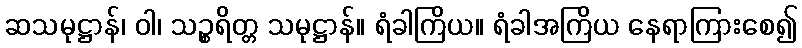
ဆသမုဋ္ဌာန်၊ ဝါ၊ သဉ္စရိတ္တ သမုဋ္ဌာန်။ ရံခါကြိယ။ ရံခါအကြိယ နေရာကြားစေ၍